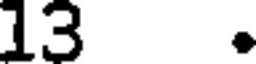
13 .